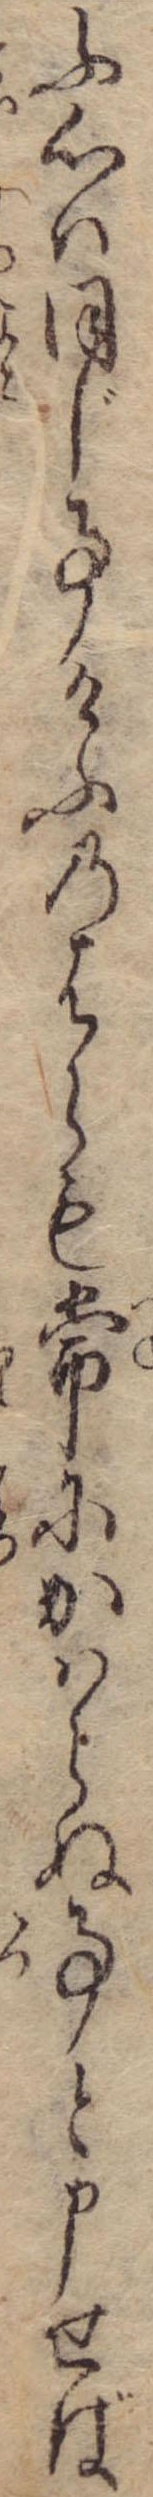
ふ心は同じ事けふのはらも常にかはらぬ事と申せば